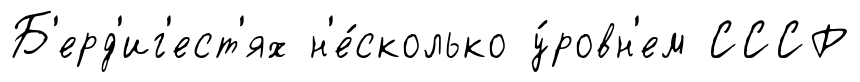
Б'ерд'иг'ест'ях н'е́сколько у́ровн'ем СССР